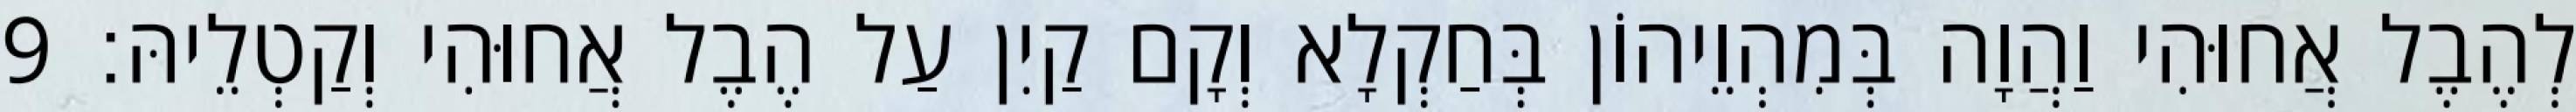
לְהֶבֶל אֲחוּהִי וַהֲוָה בְּמִהְוֵיהוֹן בְּחַקְלָא וְקָם קַיִן עַל הֶבֶל אֲחוּהִי וְקַטְלֵיהּ׃ 9